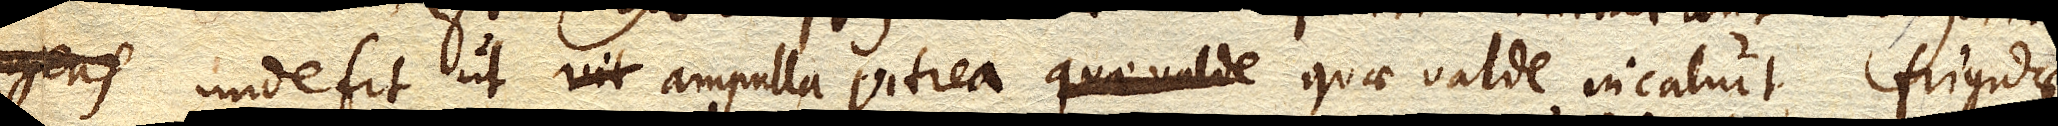
unde fit ut ampulla vitrea quae valde incaluit, frigidae